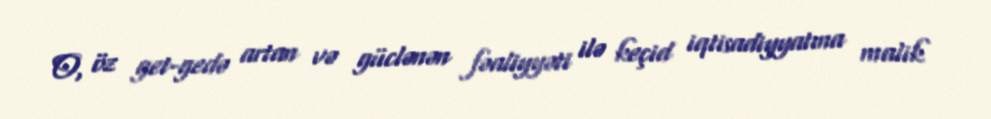
O, öz get-gedə artan və güclənən fəaliyyəti ilə keçid iqtisadiyyatına malik